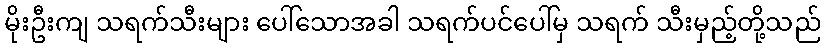
မိုးဦးကျ သရက်သီးများ ပေါ်သောအခါ သရက်ပင်ပေါ်မှ သရက် သီးမှည့်တို့သည်